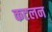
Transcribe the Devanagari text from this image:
कटलन